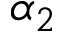
\alpha _ { 2 }